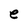
Character: e